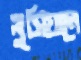
লুসিয়ানে